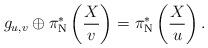
LaTeX: \begin{align*}g_{u,v} \oplus \pi_{\mathrm{N}}^*\left(\frac{X}{v}\right) = \pi_{\mathrm{N}}^*\left(\frac{X}{u}\right).\end{align*}